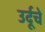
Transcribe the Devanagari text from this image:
उर्दूचे